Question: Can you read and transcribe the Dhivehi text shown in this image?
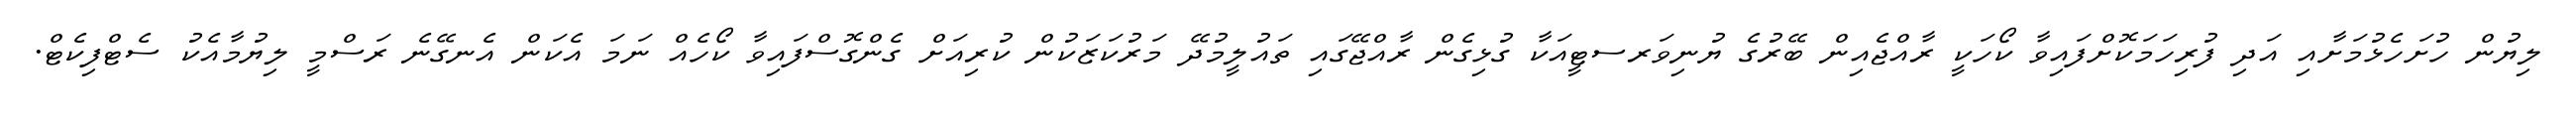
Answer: ލިޔުން ހުށަހެޅުމަށާއި އަދި ފުރިހަމަކޮށްފައިވާ ކޯހަކީ ރާއްޖެއިން ބޭރުގެ ޔުނިވަރސޓީއަކާ ގުޅިގެން ރާއްޖޭގައި ތައުލީމުދޭ މަރުކަޒަކުން ކުރިއަށް ގެންގޮސްފައިވާ ކޯހެއް ނަމަ އެކަން އެނގޭނެ ރަސްމީ ލިޔުމާއެކު ސެޓްފިކެޓް.